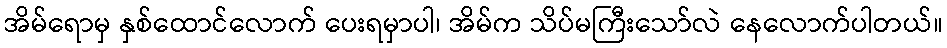
အိမ်ရောမှ နှစ်ထောင်လောက် ပေးရမှာပါ၊ အိမ်က သိပ်မကြီးသော်လဲ နေလောက်ပါတယ်။